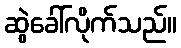
ဆွဲခေါ်လိုက်သည်။